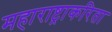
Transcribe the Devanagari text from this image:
महाराष्ट्राकरिता